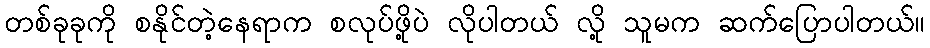
တစ်ခုခုကို စနိုင်တဲ့နေရာက စလုပ်ဖို့ပဲ လိုပါတယ် လို့ သူမက ဆက်ပြောပါတယ်။